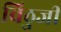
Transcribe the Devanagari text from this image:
विठुजी